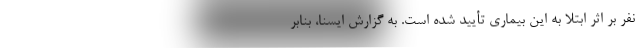
نفر بر اثر ابتلا به این بیماری تأیید شده است. به گزارش ایسنا، بنابر